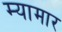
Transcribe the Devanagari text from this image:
म्यामार